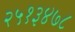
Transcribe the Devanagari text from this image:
२५१३४७८